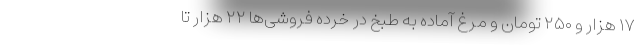
۱۷ هزار و ۲۵۰ تومان و مرغ آماده به طبخ در خرده فروشی‌ها ۲۲ هزار تا